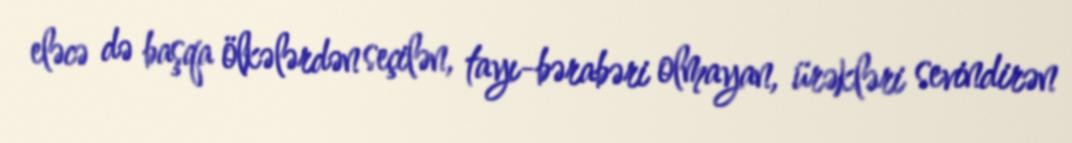
eləcə də başqa ölkələrdən seçilən, tayı-bərabəri olmayan, ürəkləri sevindirən